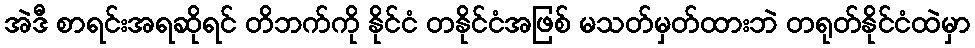
အဲဒီ စာရင်းအရဆိုရင် တိဘက်ကို နိုင်ငံ တနိုင်ငံအဖြစ် မသတ်မှတ်ထားဘဲ တရုတ်နိုင်ငံထဲမှာ